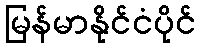
မြန်မာနိုင်ငံပိုင်